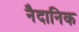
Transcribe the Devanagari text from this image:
नैदानिक